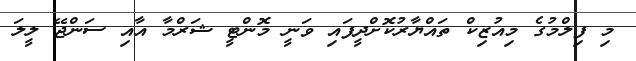
މި ފިލްމުގެ މިއުޒިކް ތައްޔާރުކޮށްދީފައި ވަނީ މޮންޓީ ޝަރްމާ އާއި ސަންޖޭ ލީލަ